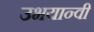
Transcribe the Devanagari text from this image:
उभयान्वी